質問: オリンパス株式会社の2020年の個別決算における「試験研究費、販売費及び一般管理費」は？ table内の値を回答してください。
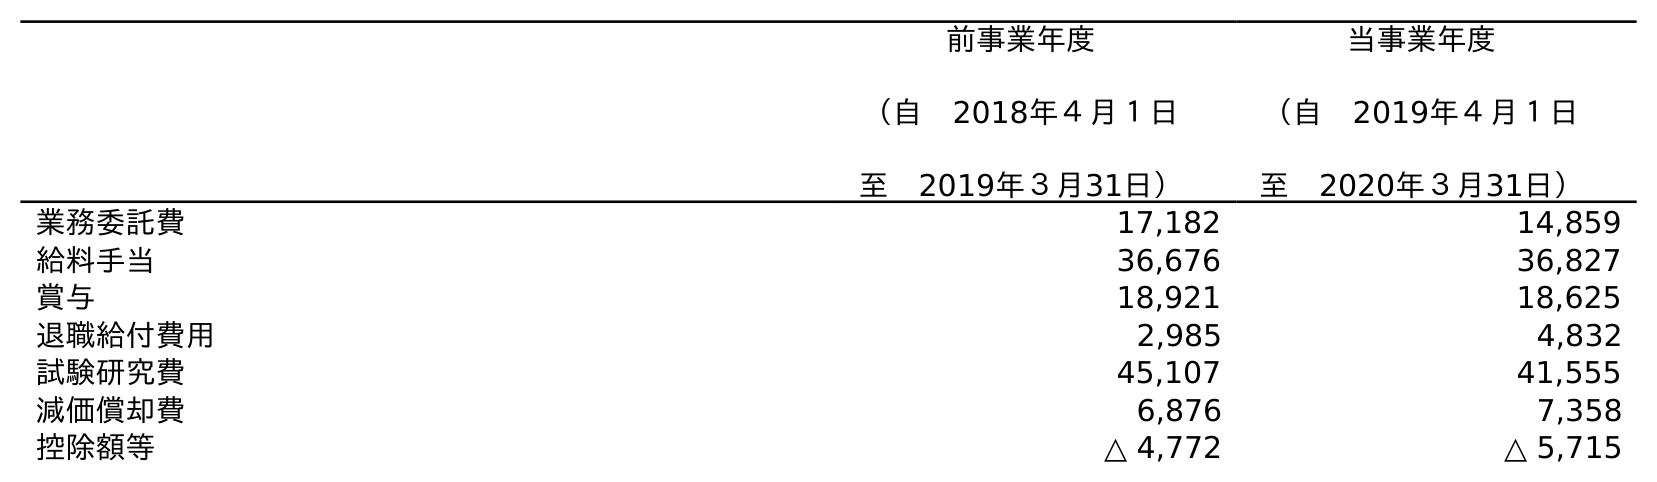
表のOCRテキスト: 前事業年度 （自 2018年４月１日 至 2019年３月31日） 当事業年度 （自 2019年４月１日 至 2020年３月31日） 業務委託費 17,182 14,859 給料手当 36,676 36,827 賞与 18,921 18,625 退職給付費用 2,985 4,832 試験研究費 45,107 41,555 減価償却費 6,876 7,358 控除額等 △ 4,772 △ 5,715
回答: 41,555